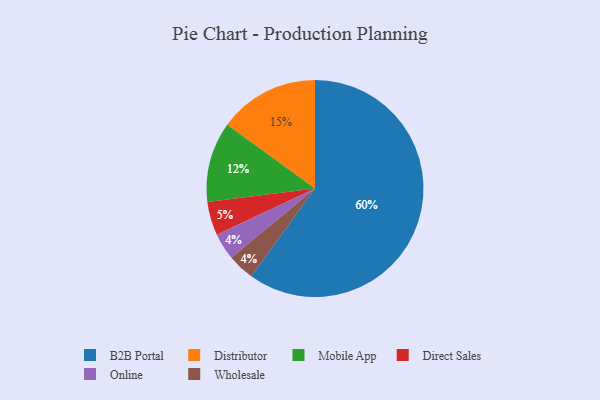
{"axis": {"x": "Category", "y": "Percentage"}, "legend": ["B2B Portal", "Direct Sales", "Distributor", "Mobile App", "Online", "Wholesale"], "data": [{"x": "Online", "y": 4, "type": "Online"}, {"x": "B2B Portal", "y": 60, "type": "B2B Portal"}, {"x": "Wholesale", "y": 4, "type": "Wholesale"}, {"x": "Mobile App", "y": 12, "type": "Mobile App"}, {"x": "Direct Sales", "y": 5, "type": "Direct Sales"}, {"x": "Distributor", "y": 15, "type": "Distributor"}]}